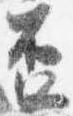
盃